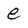
Character: e